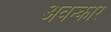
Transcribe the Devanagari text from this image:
अवन्कार